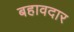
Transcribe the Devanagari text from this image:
बहावदार